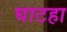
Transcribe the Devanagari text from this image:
घाटहा